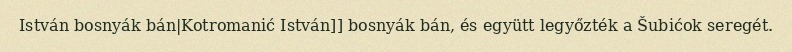
István bosnyák bán|Kotromanić István]] bosnyák bán, és együtt legyőzték a Šubićok seregét.